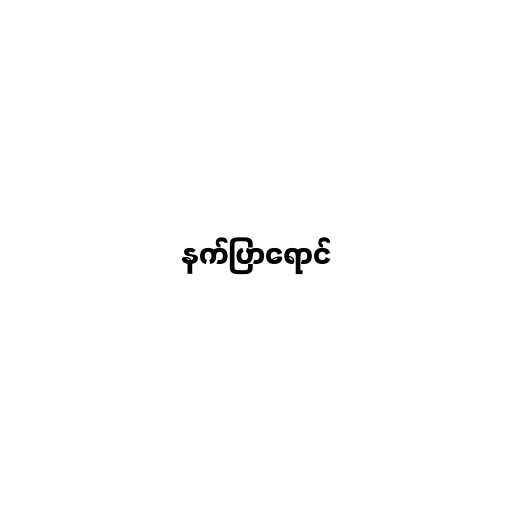
နက်ပြာရောင်